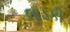
લાડકી